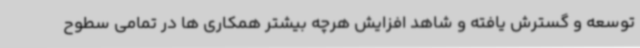
توسعه و گسترش یافته و شاهد افزایش هرچه بیشتر همکاری ها در تمامی سطوح